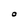
Character: O